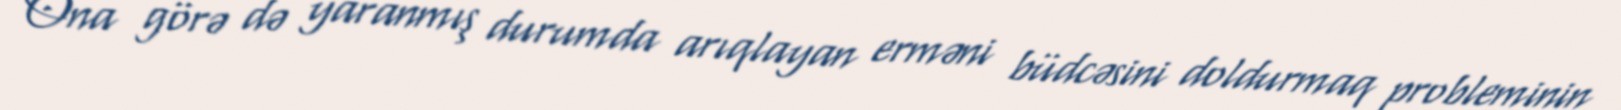
Ona görə də yaranmış durumda arıqlayan erməni büdcəsini doldurmaq probleminin